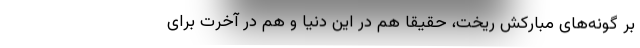
بر گونه‌های مبارکش ریخت، ‌حقیقاً هم در این دنیا و هم در آخرت برای